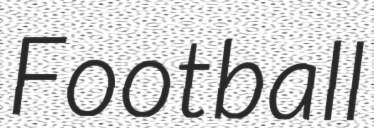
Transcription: Football